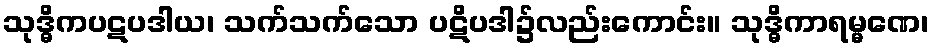
သုဒ္ဓိကပဋပဒါယ၊ သက်သက်သော ပဋိပဒါ၌လည်းကောင်း။ သုဒ္ဓိကာရမ္မဏေ၊